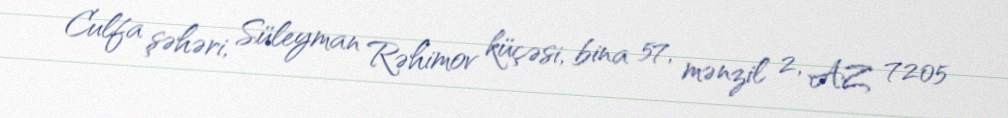
Culfa şəhəri, Süleyman Rəhimov küçəsi, bina 57, mənzil 2, AZ 7205